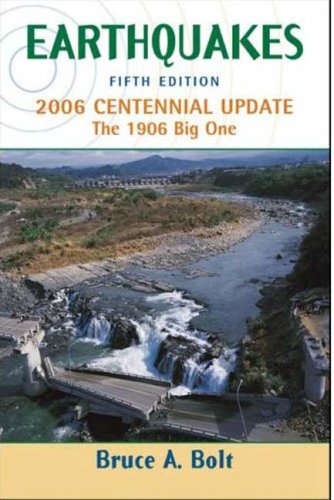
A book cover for Earthquakes: 2006 Centennial Update; Bruce Bolt; Science & Math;